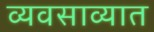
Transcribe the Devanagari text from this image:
व्यवसाव्यात